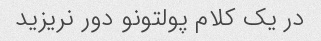
در یک کلام پولتونو دور نریزید